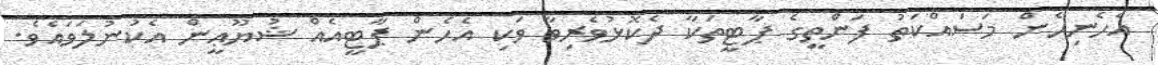
އެހެނިހެން މަސައްކަތު ފަންތީގެ ޕާޓީތަކާ ދެކޮޅުވެރިވާ ވަކި އެހެން ޕާޓީއެއް ޝުޔޫޢީން އެކުނުލަވައެވެ.